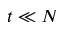
t \ll N